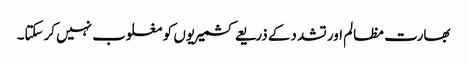
بھارت مظالم اور تشددکے ذریعے کشمیریوں کو مغلوب نہیں کرسکتا۔